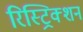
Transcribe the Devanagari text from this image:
रिस्ट्रिक्शन